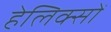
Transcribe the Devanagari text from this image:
हेलिक्सों